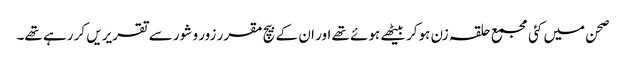
صحن میں کئی مجمع حلقہ زن ہوکر بیٹھے ہوئے تھے اور ان کے بیچ مقرر زور و شور سے تقریریں کر رہے تھے۔